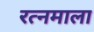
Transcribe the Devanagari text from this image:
रत्‍नमाला